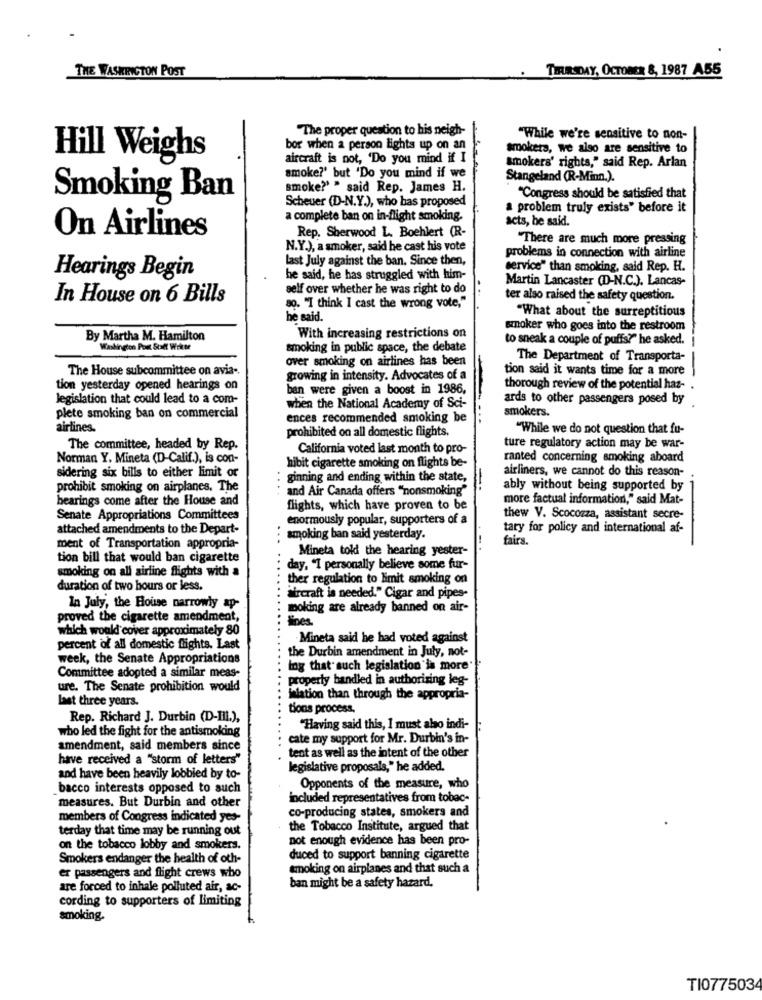
THE WASHINGTON POST
THURSDAY, OCTOBER &, 1987 A55
"The proper question to his neigh-
"While we're sensitive to non-
bor when a person lights up on an
smokers, we also are sensitive to
Hill Weighs
aircraft is not, 'Do you mind if I
smokers' rights," said Rep. Arlan
smoke?' but 'Do you mind if we
Stangeland (R-Minn.).
smoke?' " said Rep. James H.
Smoking Ban
Scheuer (D-N.Y.), who has proposed
"Congress should be satisfied that
a problem truly exists" before it
complete ban on in-flight smoking.
acts, he said.
On Airlines
Rep. Sherwood L. Boehlert (R-
"There are much more pressing
N.Y.), a smoker, said he cast his vote
last July against the ban, Since then,
problems in connection with airline
service" than smoking, said Rep. H.
Hearings Begin
he said, he has struggled with him-
Martin Lancaster (D-N.C.). Lancas-
self over whether he was right to do
In House on 6 Bills
ter also raised the safety question.
80. "I think I cast the wrong vote,"
he said.
"What about the surreptitious
smoker who goes into the restroom
By Martha M. Hamilton
With increasing restrictions on
to sneak a couple of puffs?" he asked.
Washington Post Stadt Writer
smoking in public space, the debate
over smoking on airlines has been
The Department of Transporta-
The House subcommittee on avia -.
tion said it wants time for a more
growing in intensity. Advocates of a
tion yesterday opened hearings on
ban were given a boost in 1986,
thorough review of the potential haz-
legislation that could lead to a com-
ards to other passengers posed by
when the National Academy of Sci-
smokers.
plete smoking ban on commercial
ences recommended smoking be
airlines.
prohibited on all domestic flights.
"While we do not question that fu-
The committee, headed by Rep.
California voted last month to pro-
ture regulatory action may be war-
Norman Y. Mineta (D-Calif.), is con-
ranted concerning smoking aboard
hibit cigarette smoking on flights be-
airliners, we cannot do this reason-
sidering six bills to either limit or
..
ginning and ending within the state,
prohibit smoking on airplanes. The
and Air Canada offers "nonsmoking"
ably without being supported by
hearings come after the House and
more factual information," said Mat-
flights, which have proven to be
Senate Appropriations Committees
enormously popular, supporters of a
thew V. Scocozza, assistant secre-
attached amendments to the Depart-
tary for policy and international af-
smoking ban said yesterday.
fairs
ment of Transportation appropria-
Mineta told the hearing yester-
...
tion bill that would ban cigarette
smoking on all airline flights with a
day, "I personally believe some fur-
ther regulation to limit smoking on
duration of two hours or less.
aircraft is needed." Cigar and pipes-
In July, the House narrowly ap-
moking are already banned on air-
proved the cigarette amendment,
fines.
which would cover approximately 80
Mineta said he had voted against
percent of all domestic flights. Last
the Durbin amendment in July, not-
week, the Senate Appropriations
Ing that such legislation is more'
Committee adopted a similar meas-
properly bandled in authorizing leg-
ure. The Senate prohibition would
Last three years.
Milation than through the appropria-
tions process.
Rep. Richard J. Durbin (D-III.),
who led the fight for the antismoking
"Having said this, I must also indi-
cate my support for Mr. Durbin's in-
amendment, said members since
tent as well as the intent of the other
have received a "storm of letters"
legislative proposals," he added.
and have been heavily lobbied by to-
bacco interests opposed to such
Opponents of the measure, who
measures. But Durbin and other
included representatives from tobac-
co-producing states, smokers and
members of Congress indicated yes-
terday that time may be running out
the Tobacco Institute, argued that
not enough evidence has been pro-
on the tobacco lobby and smokers.
Smokers endanger the health of oth-
duced to support banning cigarette
smoking on airplanes and that such a
er passengers and flight crews who
are forced to inhale polluted air, ac-
ban might be a safety hazard.
cording to supporters of limiting
smoking.
TI077503